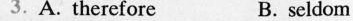
3.A.Therefore B. seldomMy